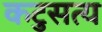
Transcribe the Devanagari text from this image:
कटुसत्य